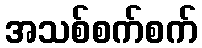
အသစ်စက်စက်